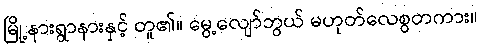
မြို့နားရွာနားနှင့် တူ၏။ မွေ့လျော်ဘွယ် မဟုတ်လေစွတကား။